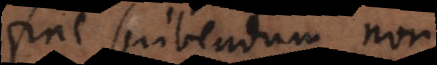
fine scribendum non